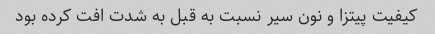
کیفیت پیتزا و نون سیر نسبت به قبل به شدت افت کرده بود